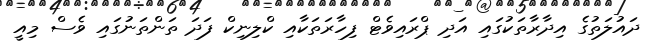
ދައުލަތުގެ އިދާރާތަކުގައި އަދި ޕްރައިވެޓް ފިހާރަތަކާއި ކްލިނިކް ފަދަ ތަންތަނުގައި ވެސް މިއީ